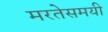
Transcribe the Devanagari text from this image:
मरतेसमयी